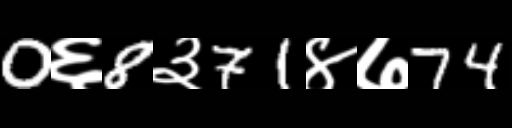
Text: 0६8३71४७74